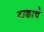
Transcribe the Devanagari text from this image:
टाकाचे